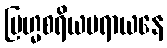
ဗြဟ္မစရိယပရာယနေ